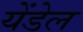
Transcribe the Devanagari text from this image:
येंडेल